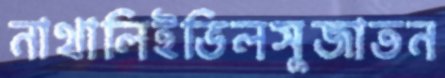
নাথালিইভিলসুজাতন